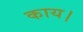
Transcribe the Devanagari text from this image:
काय।